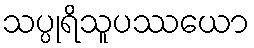
သပ္ပုရိသူပဿယော